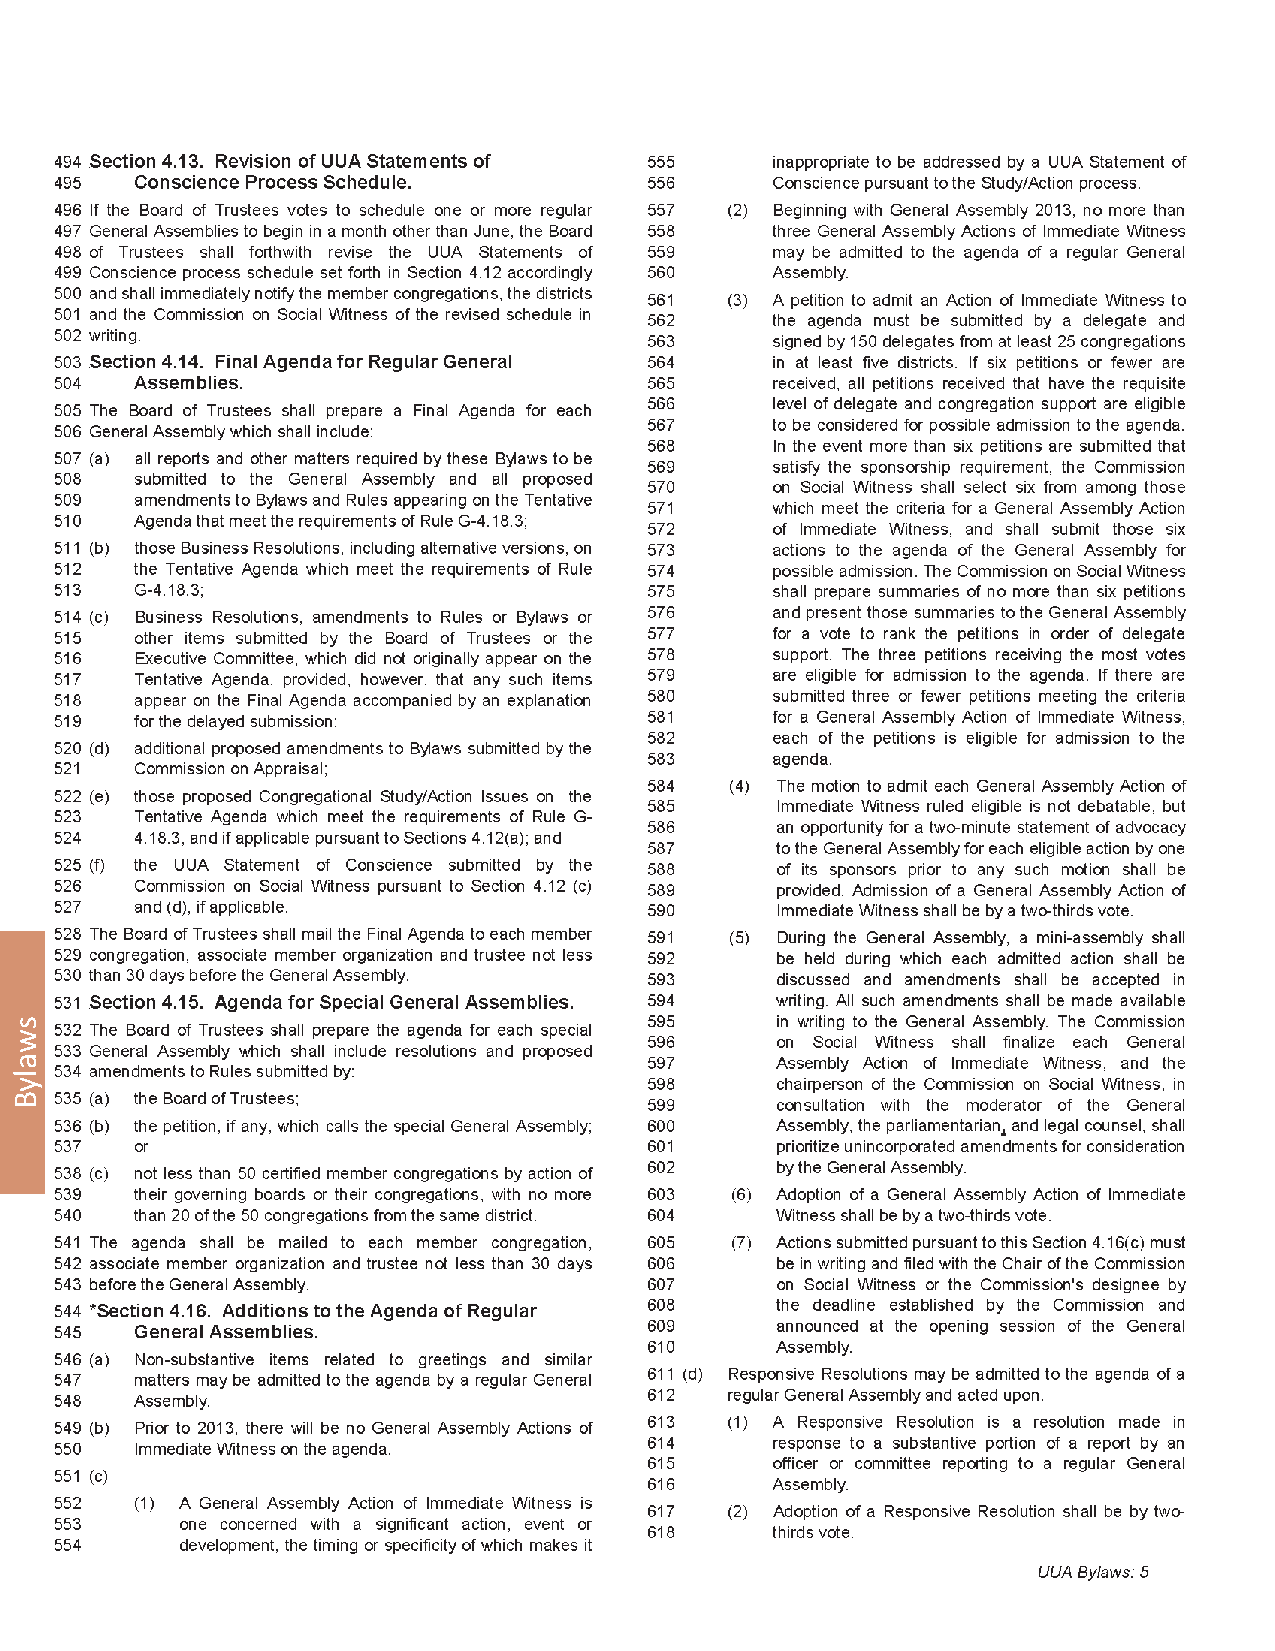
118                                                        2012 General Assembly
 swalyB